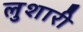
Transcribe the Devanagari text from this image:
लुशारी